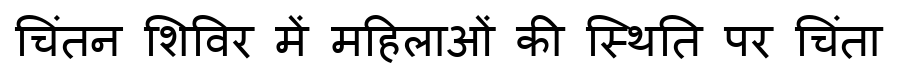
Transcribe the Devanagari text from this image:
चिंतन शिविर में महिलाओं की स्थिति पर चिंता